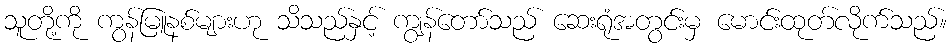
သူတို့ကို ကွန်မြူနစ်များဟု သိသည်နှင့် ကျွန်တော်သည် ဆေးရုံအတွင်းမှ မောင်းထုတ်လိုက်သည်။